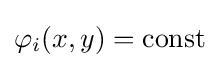
\varphi _{i}(x,y)=\mathrm {const}